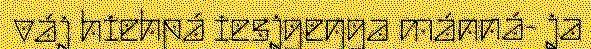
váj hiehpá iesjgeŋga mánná- ja